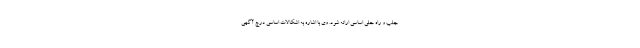
جلب و راه حلی اساسی ارائه شود‌. وی با اشاره به اشکالات اساسی درج آگهی